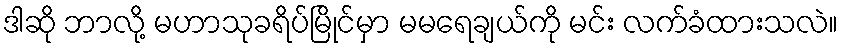
ဒါဆို ဘာလို့ မဟာသုခရိပ်မြိုင်မှာ မမရေချယ်ကို မင်း လက်ခံထားသလဲ။